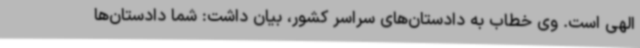
الهی است. وی خطاب به دادستان‌های سراسر کشور، بیان داشت: شما دادستان‌ها